Problem: 41 + 28 = ?
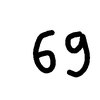
Handwritten answer: 69